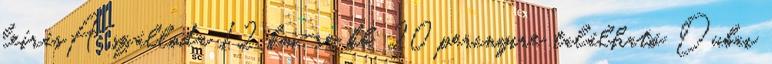
leírásA szálloda 12 km-re kb. 20 percnyire található Dubai